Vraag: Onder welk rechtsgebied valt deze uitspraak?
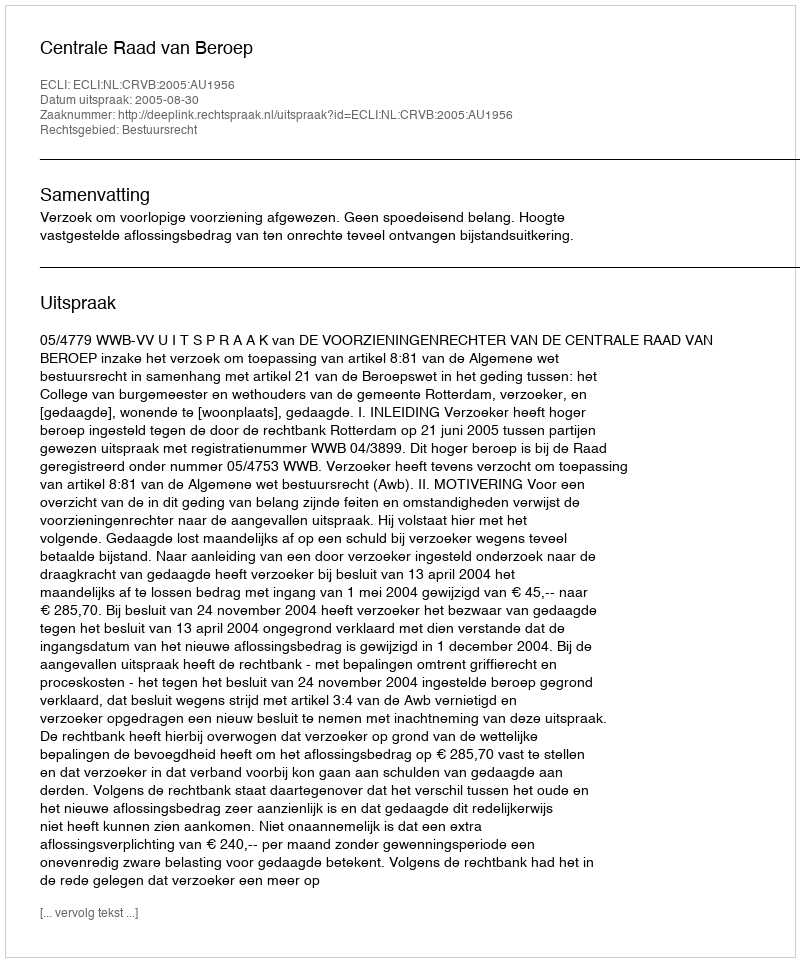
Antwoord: Bestuursrecht